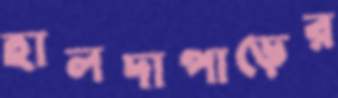
হালদাপাড়ের